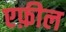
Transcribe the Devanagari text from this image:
एफ़ील